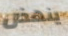
ينهض